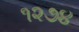
૧૨૭૪